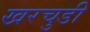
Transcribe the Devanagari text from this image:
खरचुडी